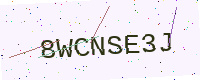
Text: 8WCNSE3J